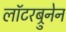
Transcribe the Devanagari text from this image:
लॉटरब्रुनेन